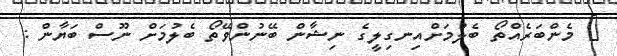
@ މެންބަރެއްތޯ ބެލުމަށްއިނގިލީގެ ނިޝާން ބޭނުންވޭތޯ ބެލުމަށް ނޫސް ބަޔާން :